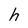
Character: h